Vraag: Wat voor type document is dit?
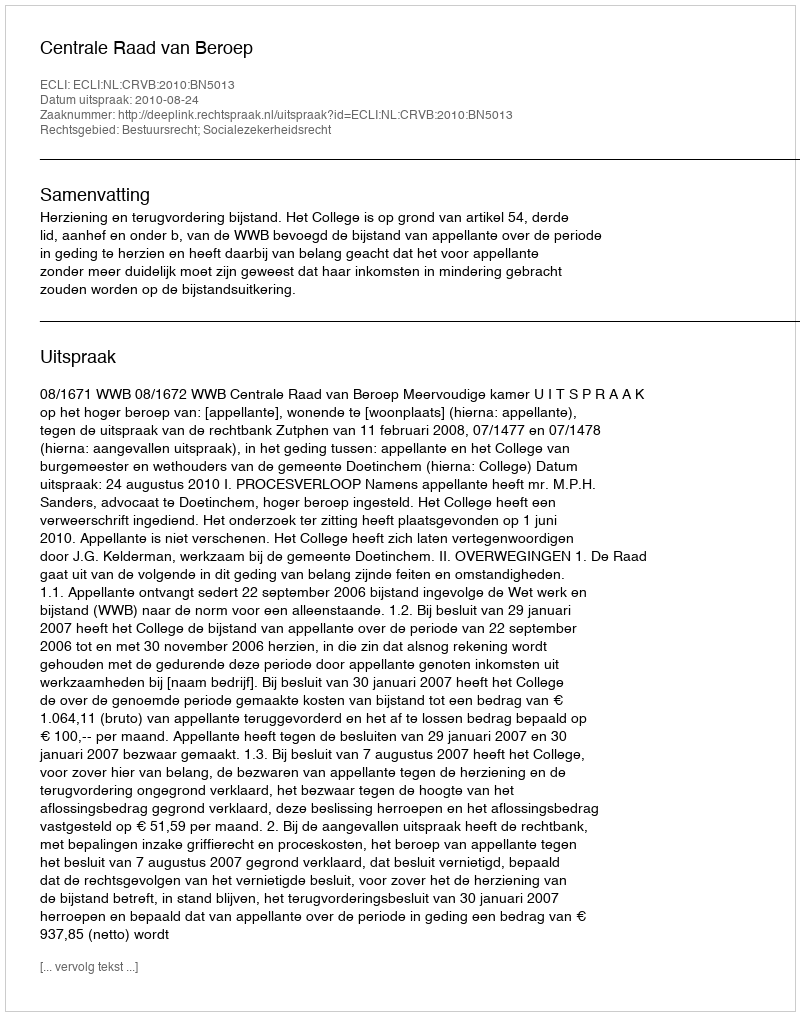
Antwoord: Uitspraak